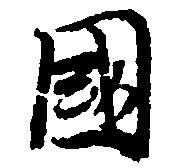
国